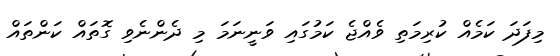
މިފަދަ ކަމެއް ކުރިމަތި ވެއްޖެ ކަމުގައި ވަނީނަމަ މި ދެންނެވި ގޮތައް ކަންތައް